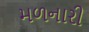
મળનારી